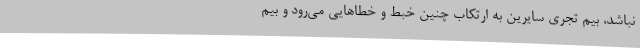
نباشد، بیم تجری سایرین به ارتکاب چنین خبط و خطاهایی می‌رود و بیم